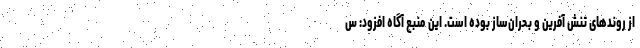
از روندهای تنش آفرین و بحران‌ساز بوده است. این منبع آگاه افزود: س